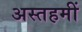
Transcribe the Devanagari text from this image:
अस्तहमीं